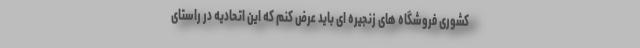
کشوری فروشگاه های زنجیره ای باید عرض کنم که این اتحادیه در راستای